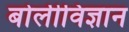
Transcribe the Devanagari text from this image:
बोलीविज्ञान